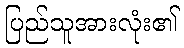
ပြည်သူအားလုံး၏